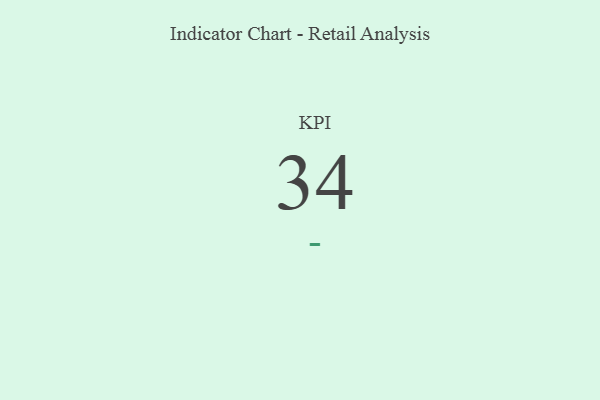
{"axis": {"x": "KPI", "y": "Value"}, "legend": [""], "data": [{"x": "KPI", "y": 34, "type": ""}]}